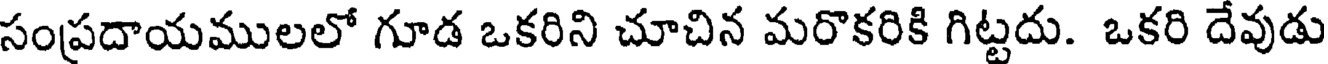
సంప్రదాయములలో గూడ ఒకరిని చూచిన మరొకరికి గిట్టదు. ఒకరి దేవుడు